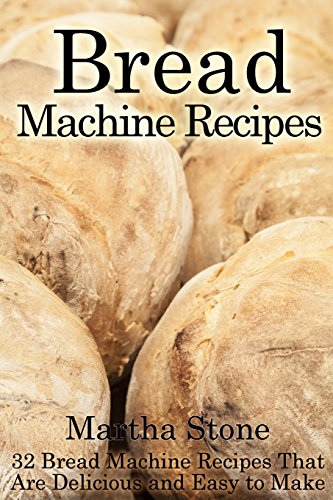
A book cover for Bread Machine Recipes: 32 Bread Machine Recipes That Are Delicious and Easy to Make; Martha Stone; Cookbooks, Food & Wine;